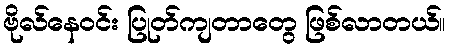
ဗိုလ်နေဝင်း ပြုတ်ကျတာတွေ ဖြစ်လာတယ်။